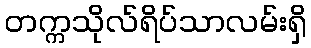
တက္ကသိုလ်ရိပ်သာလမ်းရှိ